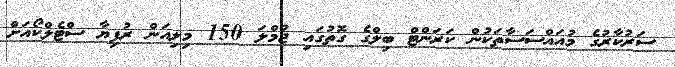
ސަރުކާރުގެ މުއައްސަސާތަކުން ކަރަންޓް ބިލްގެ ގޮތުގައި ޖުމްލަ 150 މިލިއަން ރުފިޔާ ސްޓެލްކޯއަށް